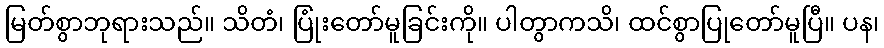
မြတ်စွာဘုရားသည်။ သိတံ၊ ပြုံးတော်မူခြင်းကို။ ပါတွာကသိ၊ ထင်စွာပြုတော်မူပြီ။ ပန၊